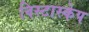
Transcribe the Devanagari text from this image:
विस्टास्केप